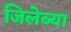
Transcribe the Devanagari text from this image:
जिलेब्या